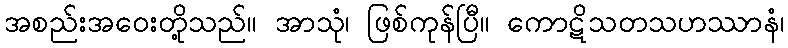
အစည်းအဝေးတို့သည်။ အာသုံ၊ ဖြစ်ကုန်ပြီ။ ကောဋိသတသဟဿာနံ၊